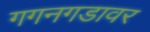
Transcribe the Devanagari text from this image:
गगनगडावर